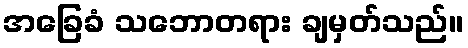
အခြေခံ သဘောတရား ချမှတ်သည်။